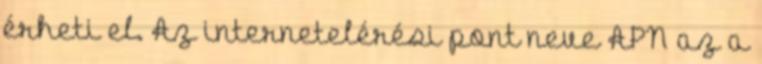
érheti el. Az internetelérési pont neve APN az a